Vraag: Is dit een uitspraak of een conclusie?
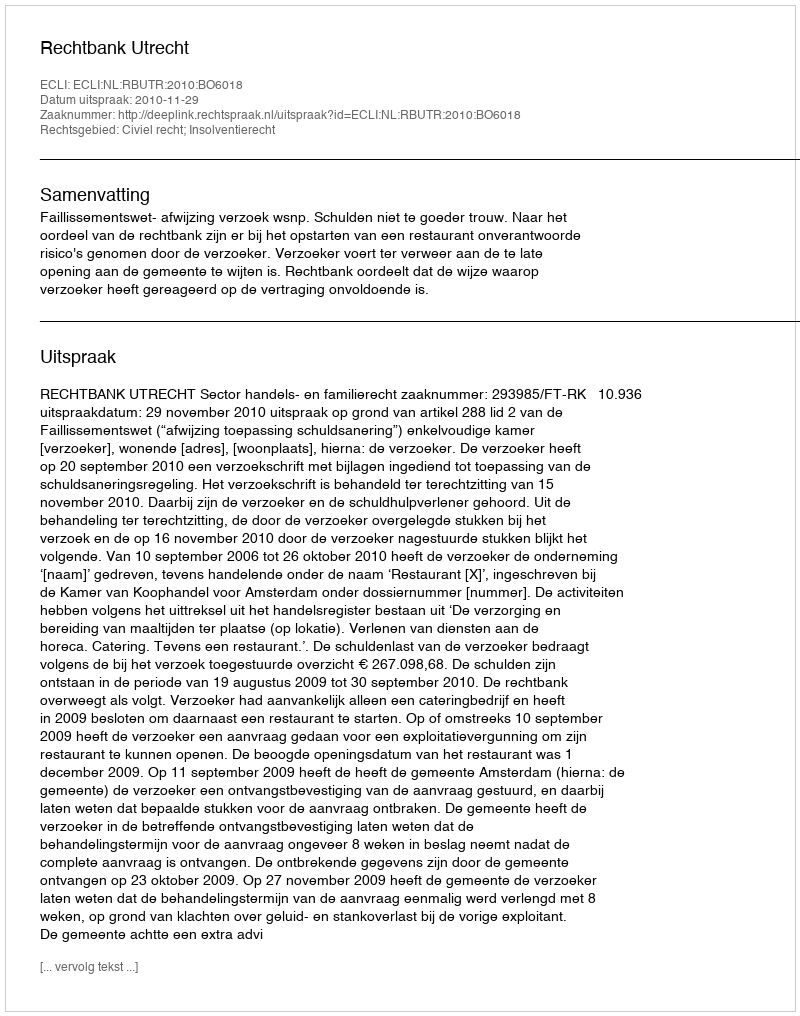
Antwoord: Uitspraak